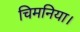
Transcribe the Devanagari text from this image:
चिमनिया।